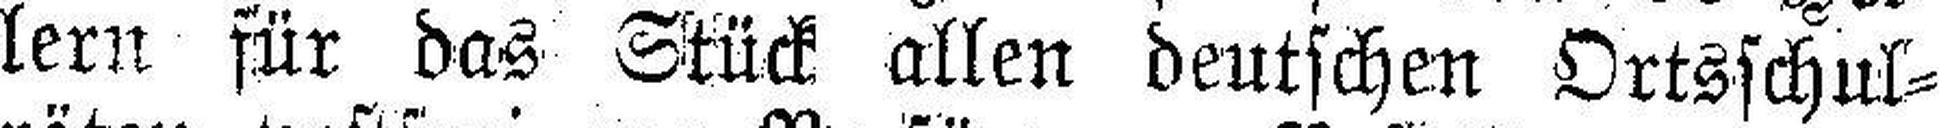
lern für das Stück allen deutschen Ortsschul¬